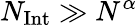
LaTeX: N_{\mathrm{Int}}\gg N^{\alpha}